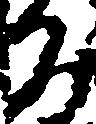
為